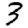
Digit: 3